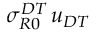
\sigma _ { R 0 } ^ { D T } \, u _ { D T }